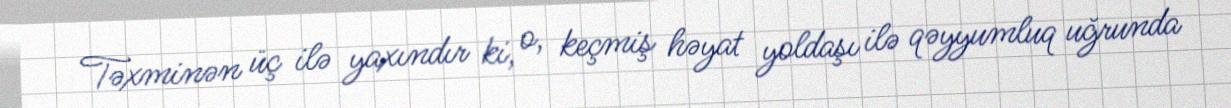
Təxminən üç ilə yaxındır ki, o, keçmiş həyat yoldaşı ilə qəyyumluq uğrunda